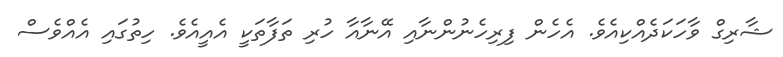
ޝާރިގް ވާހަކަދެއްކިއެވެ. އެހެން ފިރިހެނުންނާއި އޭނާއާ ހުރި ތަފާތަކީ އެއީއެވެ. ހިތުގައި އެއްވެސް